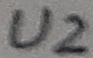
Text: U2